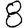
Digit: 8